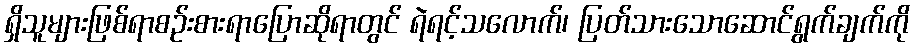
ရှိသူများဖြစ်ရာစဉ်းစားရာပြောဆိုရာတွင် ရဲရင့်သလောက်၊ ပြတ်သားသောဆောင်ရွက်ချက်ကို